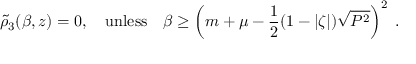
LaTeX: \tilde { \rho } _ { 3 } ( \beta , z ) = 0 , \quad \mathrm { u n l e s s } \quad \beta \ge \left( m + \mu - { \frac { 1 } { 2 } } ( 1 - | \zeta | ) \sqrt { P ^ { 2 } } \right) ^ { 2 } \; .